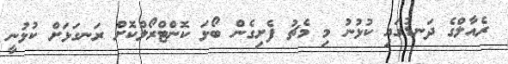
ރެއާލްގެ ދަނޑުގައި ކުޅުނު މި މެޗު ފެށިގެން ބޯޅަ ކޮންޓްރޯލްކޮށް ރަނގަޅަށް ކުޅުނީ